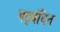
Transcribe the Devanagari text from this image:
गठ्बंधित